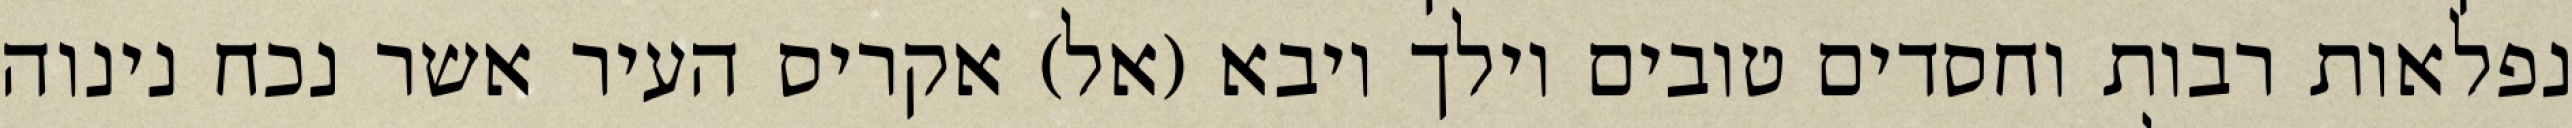
נפלאות רבות וחסדים טובים וילך ויבא (אל) אקריס העיר אשר נכח נינוה